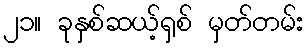
၂၁။ ခုနှစ်ဆယ့်ရှစ် မှတ်တမ်း